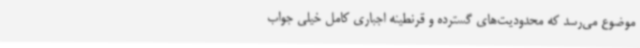
موضوع می‌رسد که محدودیت‌های گسترده و قرنطینه اجباری کامل خیلی جواب